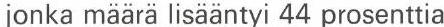
jonka määrä lisääntyi 44 prosenttia